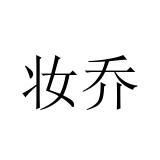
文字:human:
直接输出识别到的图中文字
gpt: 妆乔